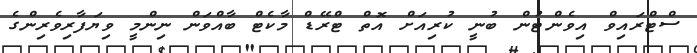
ސްޓްރައިވް އިވެންޓުން ބުނީ ކުރިއަށް އޮތް ޓްރޭޑް މާކެޓް ބާއްވަން ނިންމީ ވިޔަފާރިވެރިންގެ